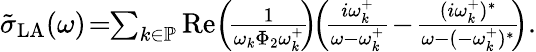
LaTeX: \begin{array}{r}{\tilde{\sigma}_{\mathrm{LA}}(\omega)\! =\! \! \sum_{k\in\mathbb{P}}\operatorname{Re}\! \left(\! \frac{1}{\omega_{k}\Phi_{2}\omega_{k}^{+}}\! \! \right)\! \! \left(\! \frac{i\omega_{k}^{+}}{\omega-\omega_{k}^{+}}\! -\! \frac{(i\omega_{k}^{+})^{*}}{\omega-(-\omega_{k}^{+})^{*}}\! \! \right).}\end{array}